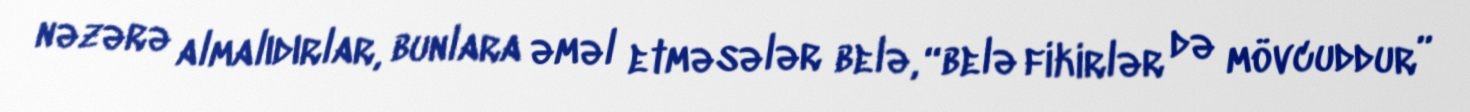
nəzərə almalıdırlar, bunlara əməl etməsələr belə, “belə fikirlər də mövcuddur”